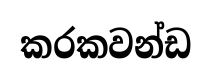
කරකවන්ඩ